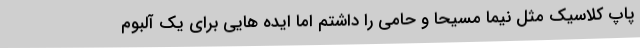
پاپ کلاسیک مثل نیما مسیحا و حامی را داشتم اما ایده هایی برای یک آلبوم